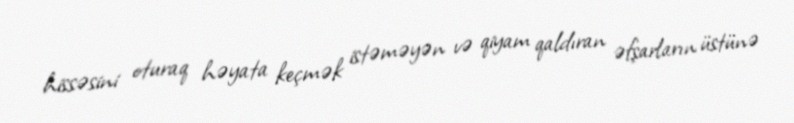
hissəsini oturaq həyata keçmək istəməyən və qiyam qaldıran əfşarların üstünə